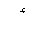
Letter: _hamza